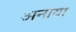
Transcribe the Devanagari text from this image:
अनाया